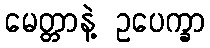
မေတ္တာနဲ့ ဥပေက္ခာ